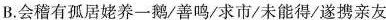
B.会稽有孤居姥养一鹅/善鸣/求市/未能得/遂携亲友